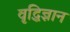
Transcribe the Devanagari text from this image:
वृद्धिज्ञान